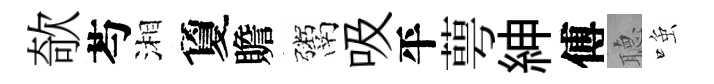
欹芍湘夐贍鬻吸平萼紳傅𦗟𫪻